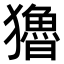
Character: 𤣃